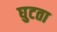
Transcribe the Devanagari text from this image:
घुटता